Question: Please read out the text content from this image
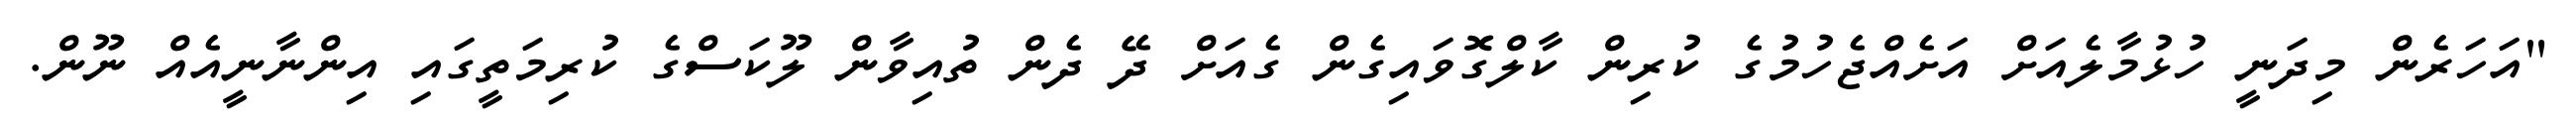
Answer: "އަހަރެން މިދަނީ ހުޅުމާލެއަށް އަށެއްޖެހުމުގެ ކުރިން ކާލްގޮވައިގެން ގެއަށް ދޭ ދެން ތުއިވާން ލޫކަސްގެ ކުރިމަތީގައި އިންނާނީއެއް ނޫން.